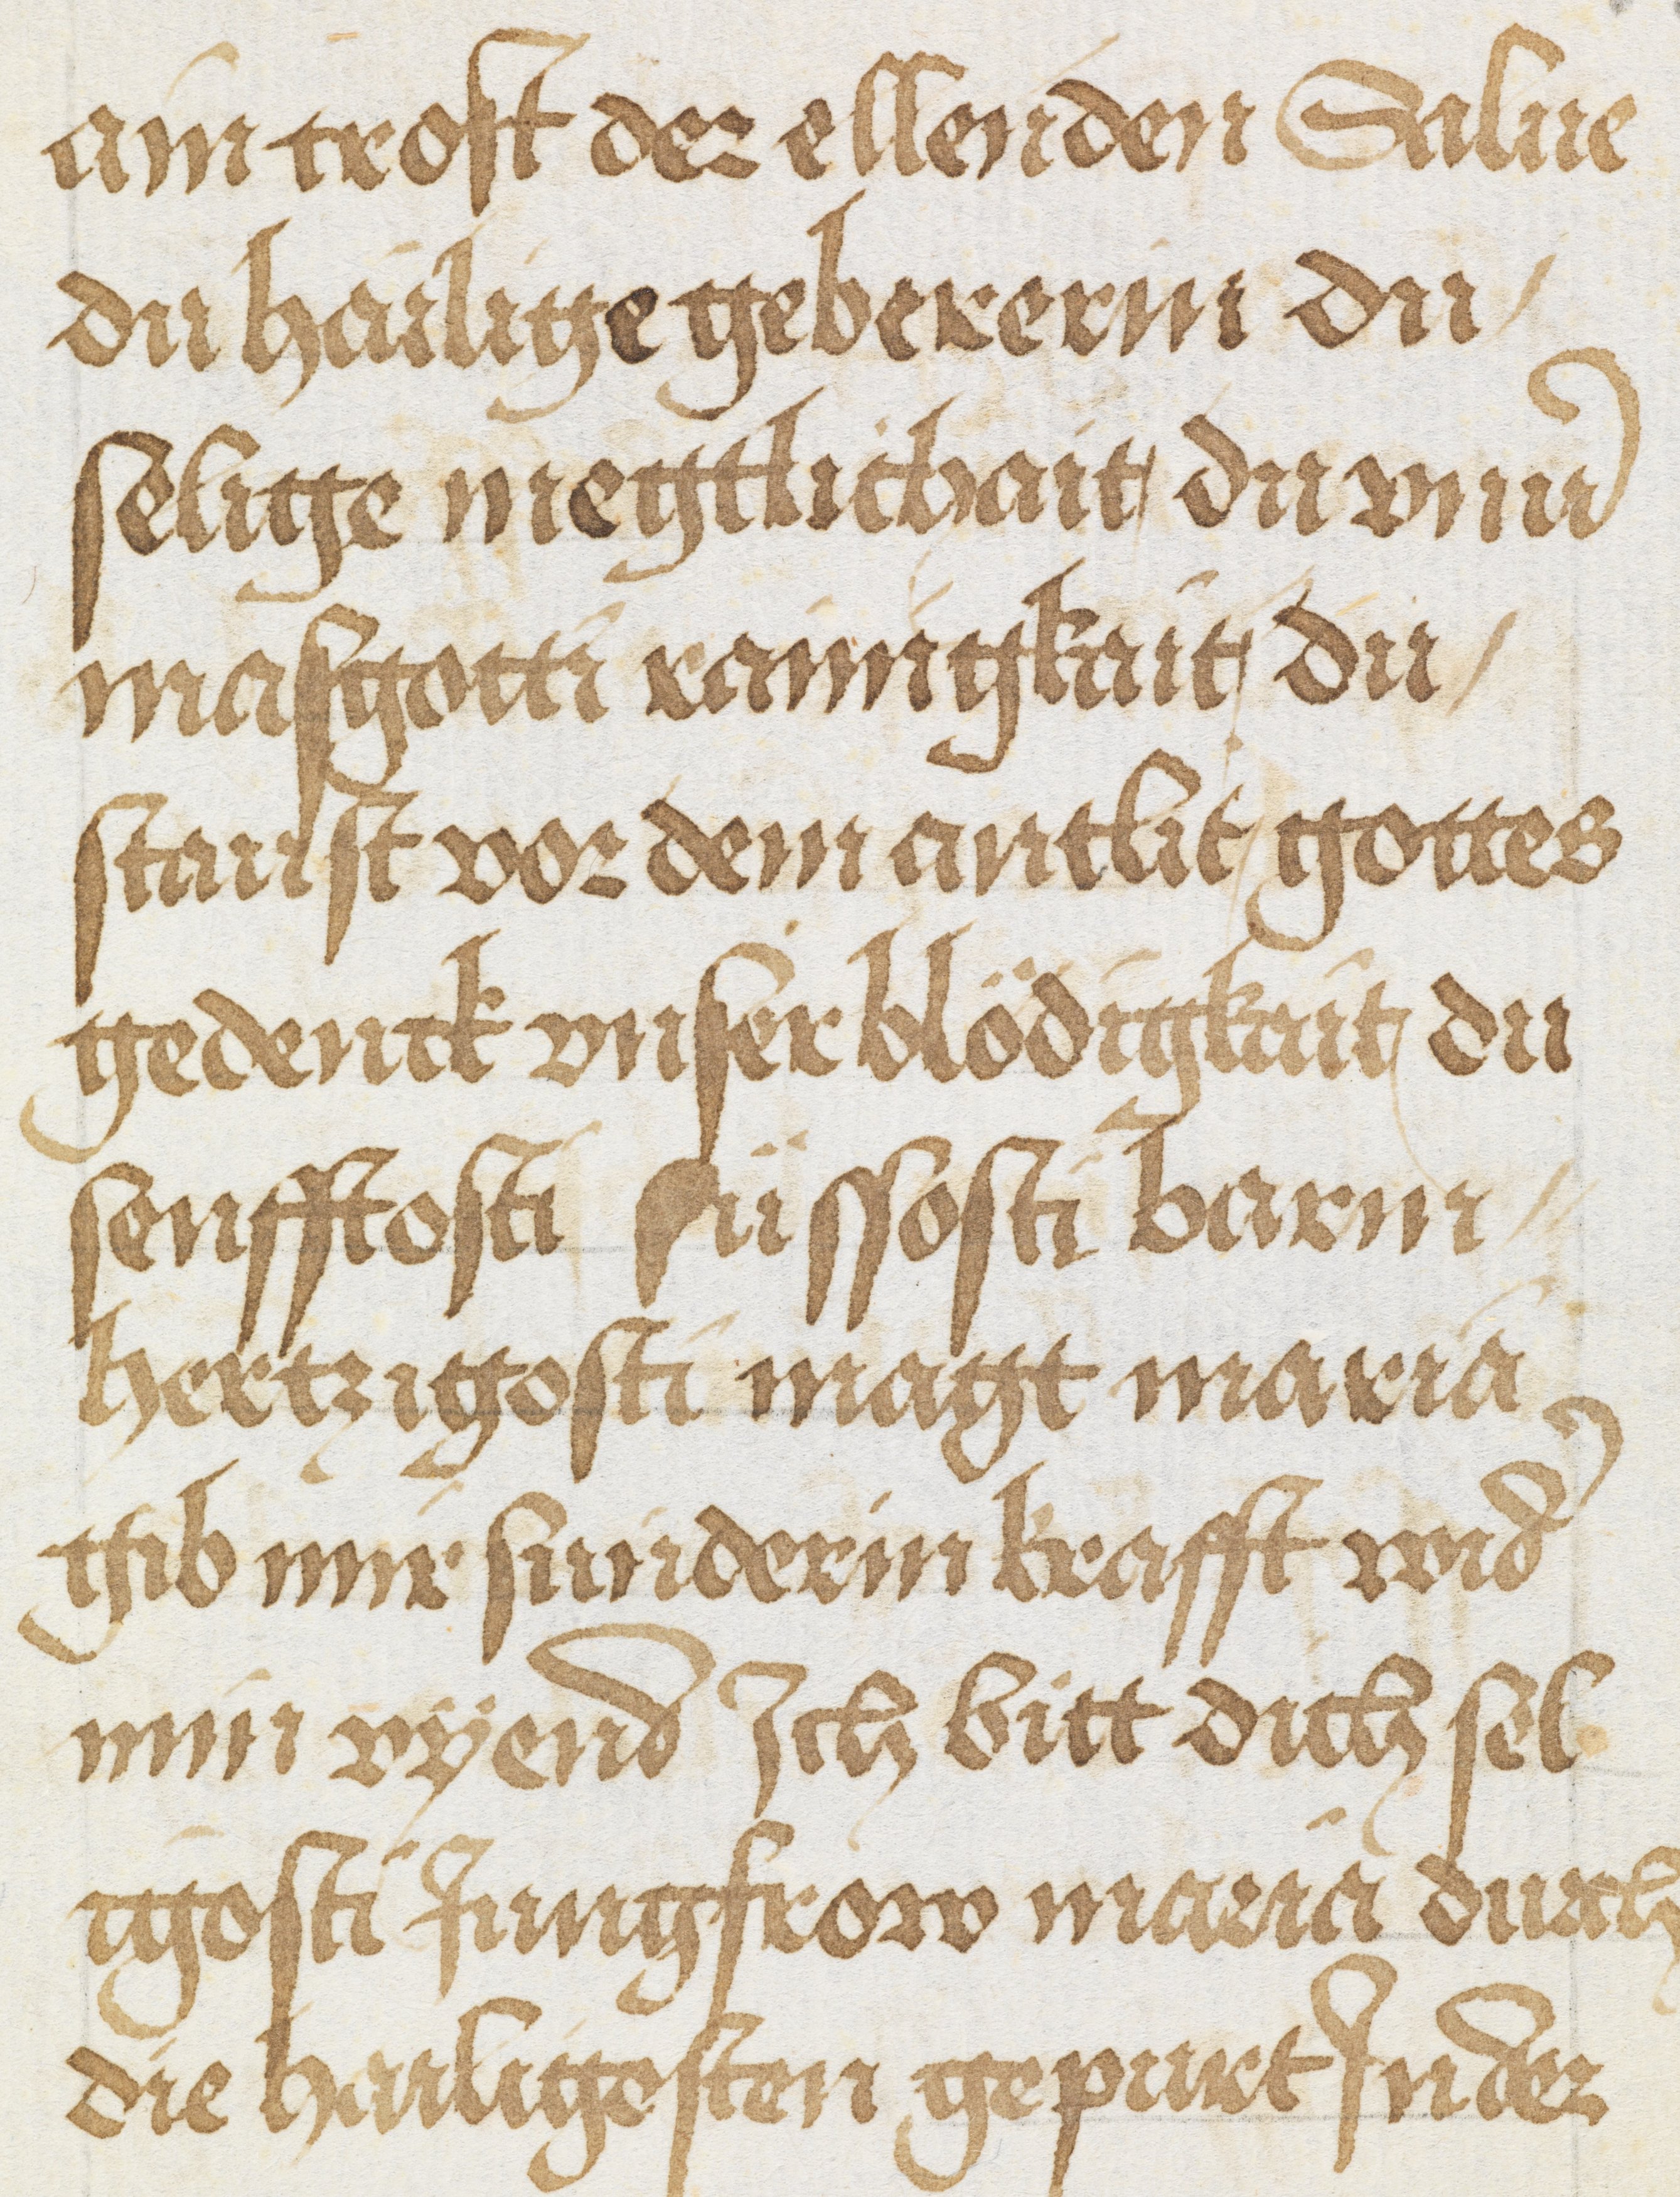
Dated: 1500–1524